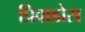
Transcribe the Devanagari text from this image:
प्रिवाडोस